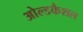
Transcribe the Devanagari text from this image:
ओल्डकैशल